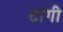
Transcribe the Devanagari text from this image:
टांगी